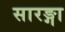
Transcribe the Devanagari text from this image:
सारङ्गा